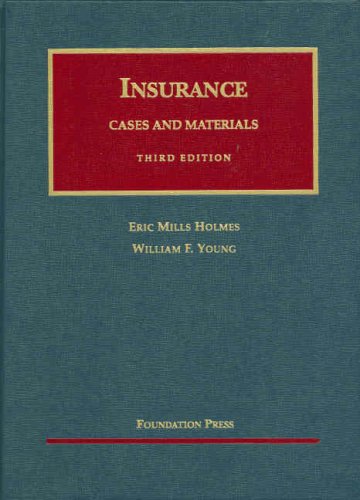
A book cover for Cases and Materials on the Regulation and Litigation of Insurance (University Casebook Series); Eric Holmes; Law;